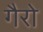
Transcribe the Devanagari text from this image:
गैरो